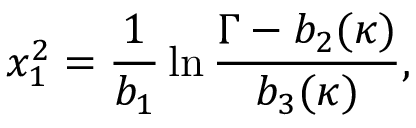
x _ { 1 } ^ { 2 } = \frac { 1 } { b _ { 1 } } \ln \frac { \Gamma - b _ { 2 } ( \kappa ) } { b _ { 3 } ( \kappa ) } ,